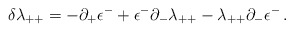
\begin{align*}\delta \lambda_{++}=-\partial_+\epsilon^- +\epsilon^-\partial_-\lambda_{++}-\lambda_{++}\partial_-\epsilon^-\,.\end{align*}